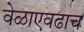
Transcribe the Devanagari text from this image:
वेळाएवढाच